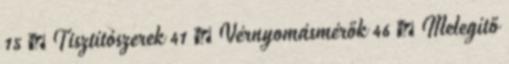
15 › Tisztítószerek 41 › Vérnyomásmérők 46 › Melegítő